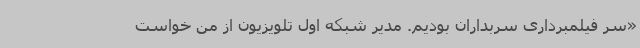
«سر فیلمبرداری سربداران بودیم. مدیر شبکه اول تلویزیون از من خواست